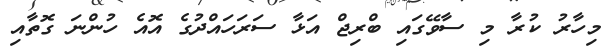
މިހާރު ކުރާ މި ސާވޭގައި ބްރިޖް އަޅާ ސަރަހައްދުގެ އޮއެ ހުންނަ ގޮތާއި